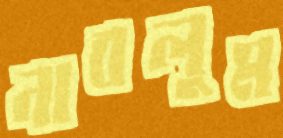
নাবলুম